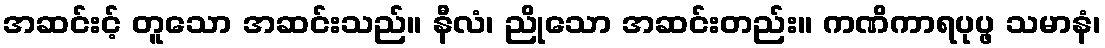
အဆင်းင့် တူသော အဆင်းသည်။ နီလံ၊ ညိုသော အဆင်းတည်း။ ကဏိကာရပုပ္ဖ သမာနံ၊